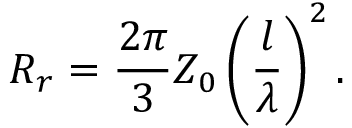
R _ { r } = { \frac { 2 \pi } { 3 } } Z _ { 0 } \left( { \frac { l } { \lambda } } \right) ^ { 2 } .